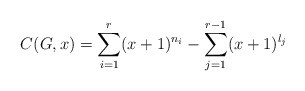
\begin{align*}C(G,x)=\sum_{i=1}^{r}(x+1)^{n_i} - \sum_{j=1}^{r-1}(x+1)^{l_j}\end{align*}